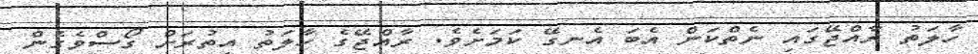
ހާލަތު ރާއްޖޭގައި ނެތްކަން އެބަ އެނގޭ ކަމަށެވެ. ރާއްޖޭގެ ހާލަތު އިތުރަށް ގޯސްވެގެން